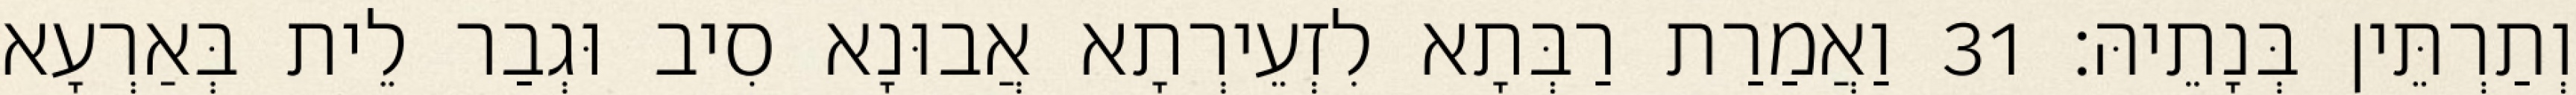
וְתַרְתֵּין בְּנָתֵיהּ׃ 31 וַאֲמַרַת רַבְּתָא לִזְעֵירְתָא אֲבוּנָא סִיב וּגְבַר לֵית בְּאַרְעָא